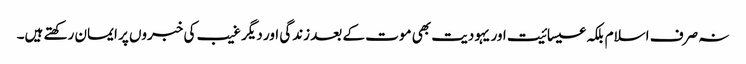
نہ صرف اسلام بلکہ عیسائیت اور یہودیت بھی موت کے بعد زندگی اور دیگر غیب کی خبروں پر ایمان رکھتے ہیں۔